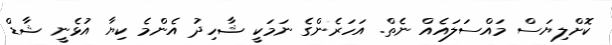
ކޮށްލިޔަސް މައްސަލައެއް ނެތް. އަހަރެންގެ ނަމަކީ ޝާހިދު އެންމެ ކިޔާ އުޅެނީ ޝާޑް